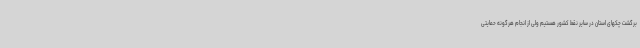
برگشت چکهای استان در سایر نقط کشور هستیم ولی از انجام هرگونه حمایتی